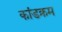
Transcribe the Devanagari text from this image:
कांडक्रम